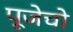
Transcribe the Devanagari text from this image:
पूजेचो